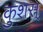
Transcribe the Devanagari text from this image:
कुशस्